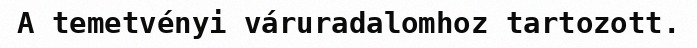
A temetvényi váruradalomhoz tartozott.